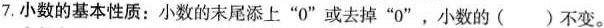
7. 小数的基本性质：小数的末尾添上“0”或去掉“0”，小数的( )不变。